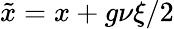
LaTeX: \tilde{x}=x+g\nu\xi/2